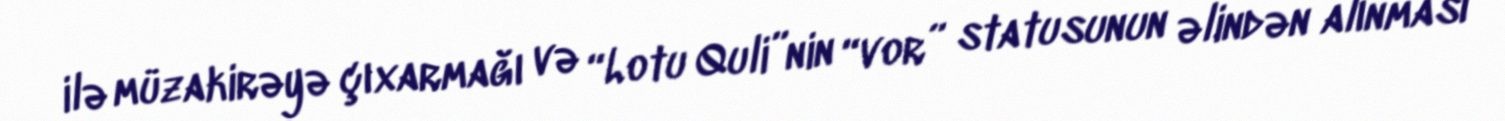
ilə müzakirəyə çıxarmağı və “Lotu Quli”nin “vor” statusunun əlindən alınması